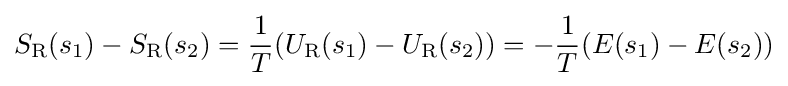
S_{\text{R}}(s_{1})-S_{\text{R}}(s_{2})={\frac {1}{T}}(U_{\text{R}}(s_{1})-U_{\text{R}}(s_{2}))=-{\frac {1}{T}}(E(s_{1})-E(s_{2}))